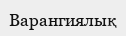
Варангиялық